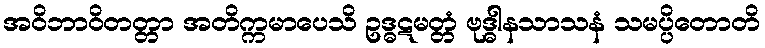
အဝိဘာဝိတတ္တာ အတိက္ကမာပေသိ ဥဒ္ဓဋမတ္တံ ဗုဒ္ဓါနသာသနံ သမပ္ပိတောတိ